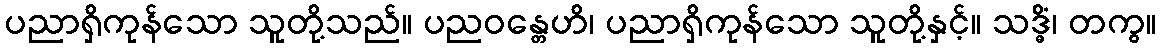
ပညာရှိကုန်သော သူတို့သည်။ ပညဝန္တေဟိ၊ ပညာရှိကုန်သော သူတို့နှင့်။ သဒ္ဓိံ၊ တကွ။